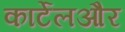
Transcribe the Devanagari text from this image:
कार्टेलऔर